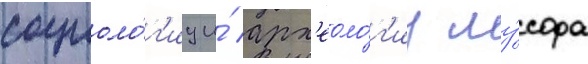
социоло́г'иу и́ арх'еоло́г'иу му́сора